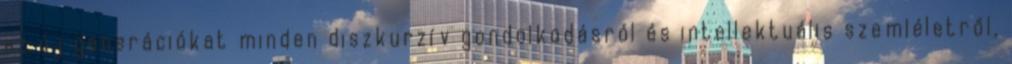
az új generációkat minden diszkurzív gondolkodásról és intellektuális szemléletről,